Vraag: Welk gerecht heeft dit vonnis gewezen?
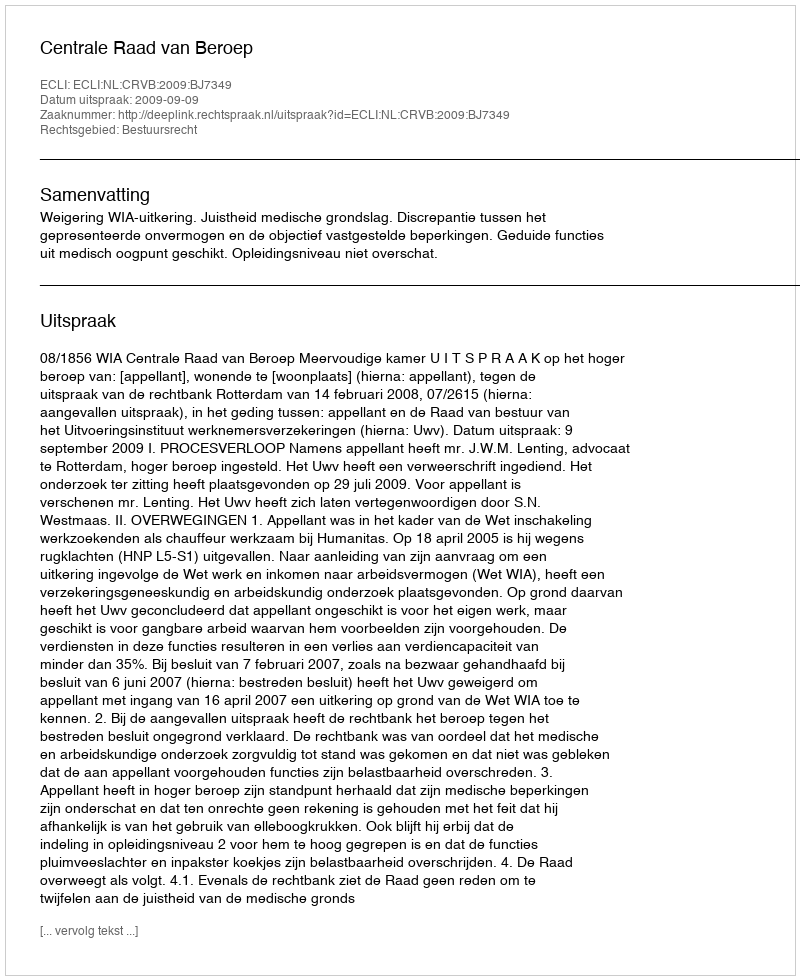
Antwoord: Centrale Raad van Beroep